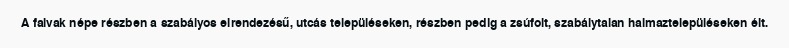
A falvak népe részben a szabályos elrendezésű, utcás településeken, részben pedig a zsúfolt, szabálytalan halmaztelepüléseken élt.